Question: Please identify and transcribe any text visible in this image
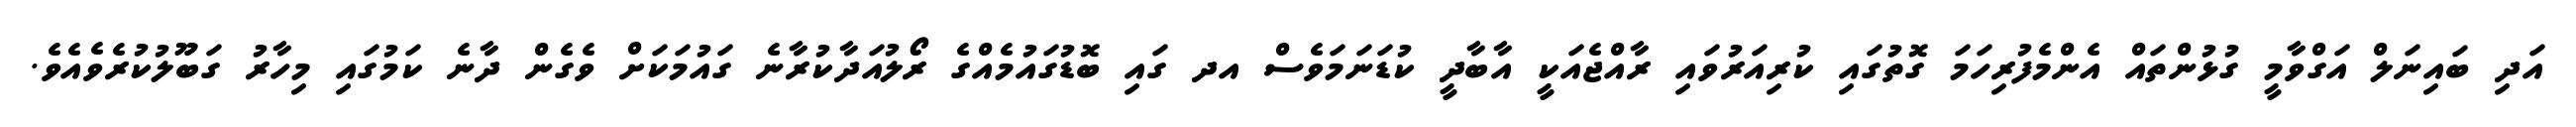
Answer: އަދި ބައިނަލް އަގްވާމީ ގުޅުންތައް އެންމެފުރިހަމަ ގޮތުގައި ކުރިއަރުވައި ރާއްޖެއަކީ އާބާދީ ކުޑަނަމަވެސް އދ ގައި ބޮޑުގައުމެއްގެ ރޯލުއަދާކުރާނެ ގައުމަކަށް ވެގެން ދާނެ ކަމުގައި މިހާރު ގަބޫލުކުރެވެއެވެ.